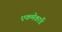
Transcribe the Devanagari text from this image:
एकमेकांचें